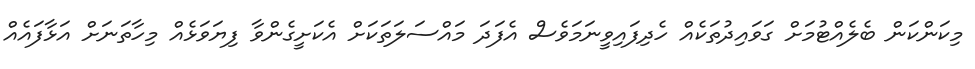
މިކަންކަން ބެލެއްޓުމަށް ގަވައިދުތަކެއް ހެދިފައިވީނަމަވެސް އެފަދަ މައްސަލަތަކަށް އެކަށީގެންވާ ފިޔަވަޅެއް މިހާތަނަށް އަޅާފައެއް